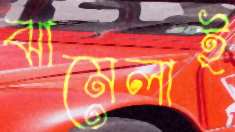
ঝামেলাই